Statistical return of the lunatic asylum in Assam - 1912-1932
Year: 1912
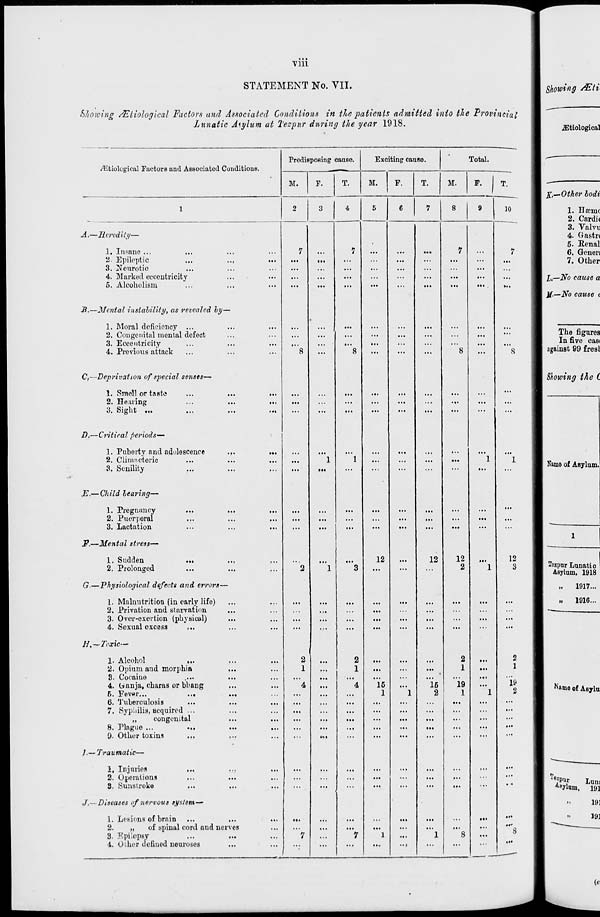
■vm
STATEMENT No. VII.
Showing /Etiological Factors and Associated Conditions in the patients admitted into the Provincial
Lunatic Aiylum at Tczpur during the year 1918.
/Etiological Factors and Associated Conditions.
A,—Heredity—
1. Insane ...
2. Epileptic
..,
3. Neurotic
4. Marked eccentricity
...
5. Alcoholism
...
3.—Mental instability, as revealed by-
1. Moral deficiency ...
2. Congenital mental defect
3. Eccentricity
4. Previous attack
C,—Deprivatio7i of special senses—
1. Smell or taste
2. Hearing
3. Sight ...
D.—Critical periods—
1. Puberty and adolescence
2. Climacteric
3. Senility
• f»
E.— Child bearing—
1. Pregnancy
2. Puerperal
3. Lactation
F.—Mental stress—
1. Sudden
2. Prolonged
•V
• ••
G.—Physiological defects and errors—
1. Malnutrition (in early life)
2. Privation and starvation
3. Over-exertion (physical)
4. Sexual excess
e .,
H .—Toxic—
1. Alcohol
...
...
2. Opium and morpb ia
...
8. Cocaine
.••-
...
4. banja, charas or bbang
...
5. Fever,..
•••
•••
6. Tuberculosis
...
...
7. Syphilis, acquired
...
„
congenital
...
8. Tlagiie ...
•••
...
9. Other toxins
...
...
J.— Traumatic—
1, Injuries
...
2. Operations
...
...
S. Sunstroke
...
...
J.— Diseases of nervous system—'
1. Lotions of brain ...
...
2.
„
of spinal cord and nerves
3. Epilepsy
4. Other defined neuroses
Predisposing cause.
Exciting cause.
Total.
M.
F.
...
...
...
...
...
r«4
M.
12
15
1
T.
M.
8
9
12
16
2
12
2
2
1
19
1
10
12
3
2
1
19
2
J,—Other bodi
I,—No cause a
U-—No cause t
Namo of Asylum.
Tozpur Lunatic
Asylum, 1918